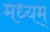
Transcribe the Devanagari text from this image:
मध्यम्